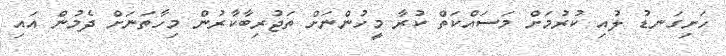
ހަށިގަނޑު ލުއި ކުރުމަށް މަސައްކަތް ކުރާ މީހުންނަށް ތަޖުރިބާކާރުން މިހާތަނަށް ދެމުން އައި